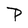
Character: P